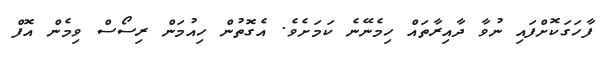
ފާހަގަކޮށްފައި ނުވާ ދާއިރާތައް ހިމެނޭނެ ކަމަށެވެ. އެގޮތުން ހިއުމަން ރިސޯސް ވިމެން އޮފް